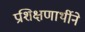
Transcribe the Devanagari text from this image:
प्रशिक्षणार्थीने